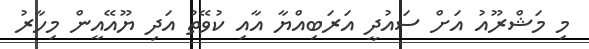
މި މަޝްރޫއު އަށް ސައުދީ އަރަބިއްޔާ އާއި ކުވޭތު އަދި ޔޫއޭއީން މިހާރު